Sanitation, dispensaries and jails vaccination Rajputana 1922-1927 - 1922-1927
Year: 1922
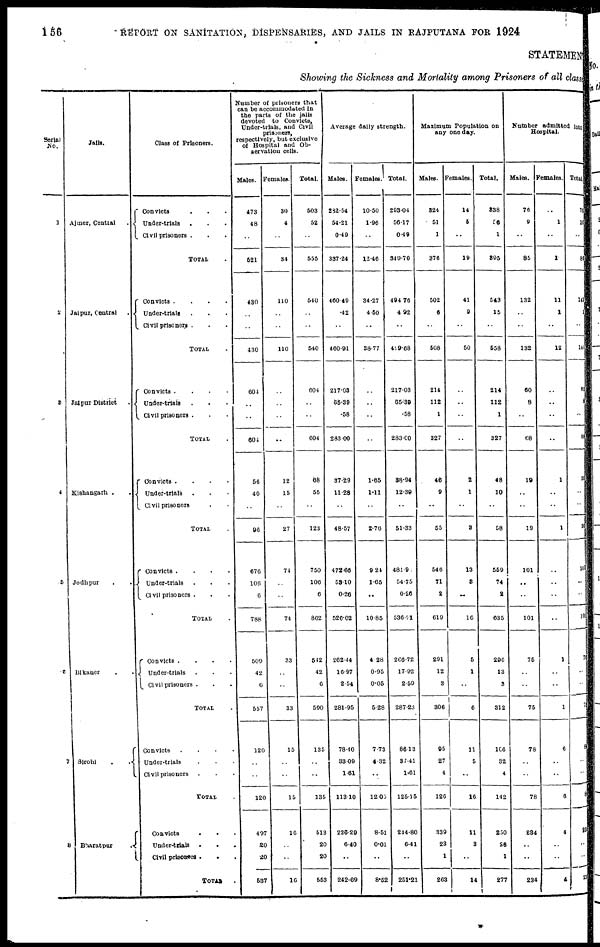
156
REPORT ON SANITATION, DISPENSARIES, AND JAILS IN RAJPUTANA FOR 1924
STATEMENT
Showing the Sickness and Mortality among Prisoners of all classe
Serial
No.
1
2
3
4
5
6
7
8
Jails.
Ajmer, Central .
Jaipur, Central .
Jaipur District .
Kishangarh ..
Jodhpur ..
Bikaner ..
Sirohi
..
Bharatpur
.
Class of Prisoners.
Convicts ...
Under-trials...
Civil prisoners ...
TOTAL .
Convicts
....
Under-trials ...
Civil prisoners ...
TOTAL .
Convicts
....
Under-trials...
Civil prisoners ...
TOTAL .
Convicts
....
Under-trials...
Civil prisoners ..
TOTAL .
Convicts
....
Under-trials ...
Civil prisoners ...
TOTAL .
Convicts
....
Under-trials ...
Civil prisoners ...
TOTAL .
Convicts
....
Under-trials...
Civil prisoners ...
TOTAL .
Convicts
...
Under-trials ...
Civil prisoners
...
TOTAL .
Number of prisoners that
can be accommodated in
the parts of the jails
devoted to Convicts,
Under-trials, and Civil
prisoners,
respectively, but exclusive
of Hospital and Ob-
servation cells.
Males.
473
48
..
521
430
..
..
4
604
..
..
604
56
40
..
96
676
106
6
788
509
42
6
557
120
..
..
120
497
20
20
587
Females.
30
4
..
34
110
..
..
110
..
..
..
..
12
15
..
27
74
..
..
74
33
..
..
33
15
..
..
15
16
..
..
16
Total.
503
52
..
555
540
..
..
540
604
..
..
604
68
55
..
123
750
106
6
862
542
42
6
590
135
..
..
135
513
20
20
553
Average daily strength.
Males.
282.54
54.21
0.49
337.24
460.49
.42
..
460.91
217.03
65.39
.58
283.00
37.29
11.28
..
48.57
472.66
53.10
0.26
526.02
262.44
16.97
2.54
281.95
78.40
33.09
1.61
113.10
236.29
6.40
..
242.69
Females.
10.50
1.96
..
12.46
34.27
4.50
..
38.77
..
..
..
..
1.65
1.11
..
2.76
9.24
1.65
..
10.85
4.28
0.95
0.05
5.28
7.73
4.32
..
12 03
8.51
0.01
..
8.52
Total.
293.04
56.17
0.49
349.70
494.76
4.92
..
499.68
217.03
65.39
.58
283.00
88.94
12.39
..
51.33
481.90
54.75
0.26
536.91
266.72
17.92
2.59
287.23
86.13
37.41
1.61
125.15
244.80
6.41
..
251.21
Maximum Population on
any one day.
Males.
324
51
1
376
502
6
..
508
214
112
1
327
46
9
..
55
546
71
2
619
291
12
3
306
95
27
4
126
339
23
1
263
Females.
14
5
..
19
41
9
..
50
..
..
..
..
2
1
..
3
13
8
..
16
5
1
..
6
11
5
..
16
11
3
..
14
Total.
338
56
1
395
543
15
..
558
214
112
1
327
48
10
..
58
559
74
2
635
296
13
3
312
106
32
4
142
250
26
1
277
Number admitted into
Hospital.
Males.
76
9
..
85
132
..
..
132
60
8
..
68
19
..
..
19
101
..
..
101
75
..
..
75
78
..
..
78
234
..
..
234
Females.
..
1
..
1
11
1
..
12
..
..
..
..
1
..
..
1
..
..
..
..
1
..
..
1
6
..
..
6
4
..
..
4
Total.
76
10
..
86
143
1
..
144
60
8
..
68
20
..
..
20
101
..
..
101
76
..
..
76
84
..
..
84
238
..
..
238